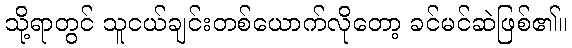
သို့ရာတွင် သူငယ်ချင်းတစ်ယောက်လိုတော့ ခင်မင်ဆဲဖြစ်၏။